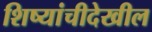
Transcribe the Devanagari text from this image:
शिष्यांचीदेखील